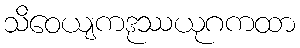
သိဝေယျကဒုဿယုဂကထာ